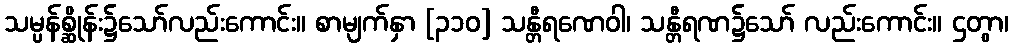
သမ္ပန်စ္ဆိုန်း၌သော်လည်းကောင်း။ စာမျက်နှာ [၃၁၀] သန္တီရဏေဝါ၊ သန္တီရဏ၌သော် လည်းကောင်း။ ဌတွာ၊